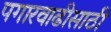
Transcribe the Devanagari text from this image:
पगारवाढीसाठी